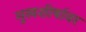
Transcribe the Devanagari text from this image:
मुखशीर्षावर